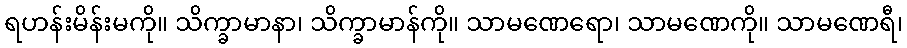
ရဟန်းမိန်းမကို။ သိက္ခာမာနာ၊ သိက္ခာမာန်ကို။ သာမဏေရော၊ သာမဏေကို။ သာမဏေရီ၊